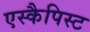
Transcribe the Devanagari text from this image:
एस्कैपिस्ट